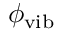
\phi _ { \mathrm { v i b } }